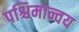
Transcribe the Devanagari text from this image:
पश्चिमान्वय